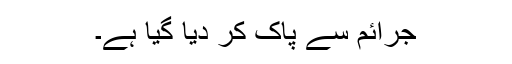
جرائم سے پاک کر دیا گیا ہے۔